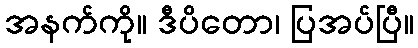
အနက်ကို။ ဒီပိတော၊ ပြအပ်ပြီ။